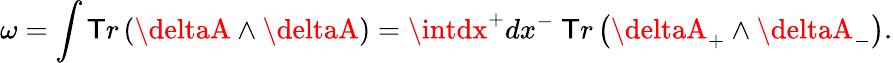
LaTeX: \omega=\int\mathsf{T}r\left(\deltaA\wedge\deltaA\right)=\intdx^{+}dx^{-}~\mathsf{T}r\left(\deltaA_{+}\wedge\deltaA_{-}\right).